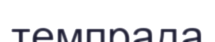
темпрада